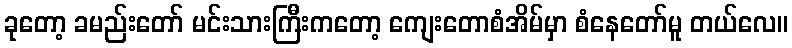
ခုတော့ ခမည်းတော် မင်းသားကြီးကတော့ ကျေးတောစံအိမ်မှာ စံနေတော်မူ တယ်လေ။